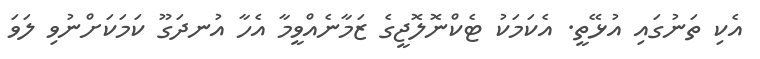
އެކި ތަނުގައި އުޅޭތީ. އެކަމަކު ޓެކްނޮލޮޖީގެ ޒަމާނެއްވީމާ އެހާ އުނދަގޫ ކަމަކަށްނުވި ލަވަ